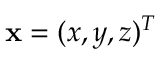
\mathbf { x } = ( x , y , z ) ^ { T }